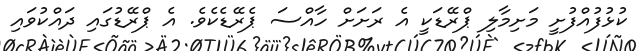
ކުޅުފުއްފުށީ މަށިމާލި ޕްރޭޑަކީ އެ ރަށަށް ހާއްސަ ޕެރޭޑެކެވެ. އެ ޕްރޭޑުގައި ދައްކުވައި